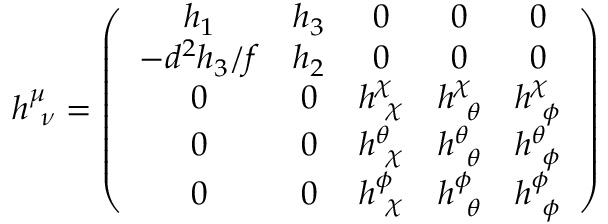
h _ { ~ \nu } ^ { \mu } = \left( \begin{array} { c c c c c } { { h _ { 1 } } } & { { h _ { 3 } } } & { { 0 } } & { { 0 } } & { { 0 } } \\ { { - d ^ { 2 } h _ { 3 } / f } } & { { h _ { 2 } } } & { { 0 } } & { { 0 } } & { { 0 } } \\ { { 0 } } & { { 0 } } & { { h _ { ~ \chi } ^ { \chi } } } & { { h _ { ~ \theta } ^ { \chi } } } & { { h _ { ~ \phi } ^ { \chi } } } \\ { { 0 } } & { { 0 } } & { { h _ { ~ \chi } ^ { \theta } } } & { { h _ { ~ \theta } ^ { \theta } } } & { { h _ { ~ \phi } ^ { \theta } } } \\ { { 0 } } & { { 0 } } & { { h _ { ~ \chi } ^ { \phi } } } & { { h _ { ~ \theta } ^ { \phi } } } & { { h _ { ~ \phi } ^ { \phi } } } \end{array} \right)